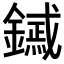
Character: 𨭟